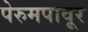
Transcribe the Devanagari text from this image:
पेरुमपावूर